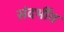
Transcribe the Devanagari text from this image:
संदर्भीय